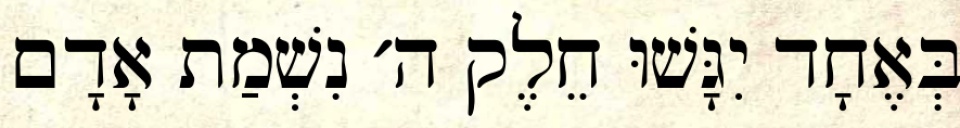
בְּאֶחָד יִגָּשׁוּ חֵלֶק ה׳ נִשְׁמַת אָדָם